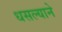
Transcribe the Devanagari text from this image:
धसल्याने